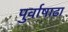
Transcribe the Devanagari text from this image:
पुर्वाषाढा